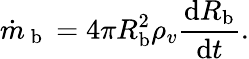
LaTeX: \dot{m}_{\mathrm{~b~}}=4\pi R_{\mathrm{b}}^{2}\rho_{v}\frac{\mathrm dR_{\mathrm{b}}}{\mathrm dt}.